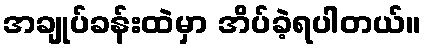
အချုပ်ခန်းထဲမှာ အိပ်ခဲ့ရပါတယ်။